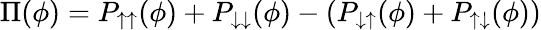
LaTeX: \Pi(\phi)=P_{\uparrow\uparrow}(\phi)+P_{\downarrow\downarrow}(\phi)-(P_{\downarrow\uparrow}(\phi)+P_{\uparrow\downarrow}(\phi))